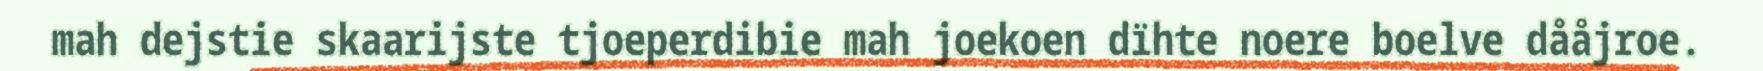
mah dejstie skaarijste tjoeperdibie mah joekoen dïhte noere boelve dååjroe.